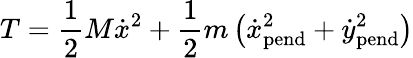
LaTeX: T={\frac{1}{2}}M{\dot{x}}^{2}+{\frac{1}{2}}m\left({\dot{x}}_{\mathrm{pend}}^{2}+{\dot{y}}_{\mathrm{pend}}^{2}\right)